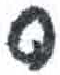
אות: ס